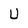
Character: U